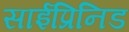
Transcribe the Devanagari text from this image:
साईप्रिनिड